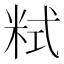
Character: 𥹨